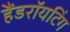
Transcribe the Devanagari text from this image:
हैंडराॅयटिंग